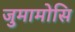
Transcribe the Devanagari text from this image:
जुमामोसि